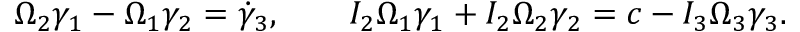
\begin{array} { r } { \Omega _ { 2 } \gamma _ { 1 } - \Omega _ { 1 } \gamma _ { 2 } = \dot { \gamma } _ { 3 } , \qquad I _ { 2 } \Omega _ { 1 } \gamma _ { 1 } + I _ { 2 } \Omega _ { 2 } \gamma _ { 2 } = c - I _ { 3 } \Omega _ { 3 } \gamma _ { 3 } . } \end{array}